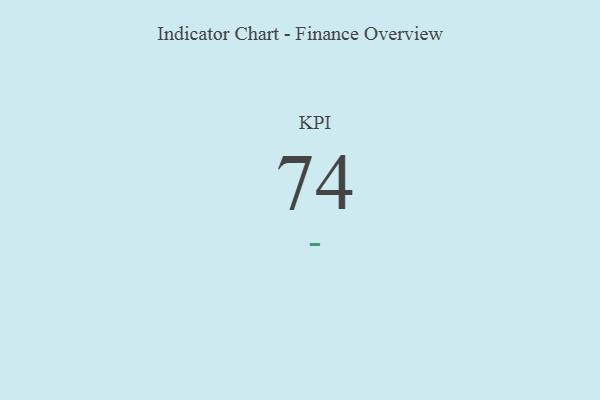
{"axis": {"x": "KPI", "y": "Value"}, "legend": [""], "data": [{"x": "KPI", "y": 74, "type": ""}]}